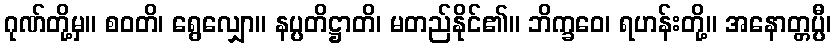
ဂုဏ်တို့မှ။ စဝတိ၊ ရွေလျှော။ နပ္ပတိဋ္ဌာတိ၊ မတည်နိုင်၏။ ဘိက္ခဝေ၊ ရဟန်းတို့။ အနောတ္တပ္ပီ၊